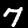
Digit: 7